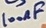
Text: 100nF